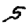
Digit: 5